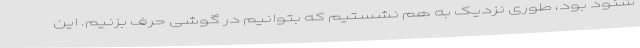
شنود بود، طوری نزدیک به هم نشستیم که بتوانیم در گوشی حرف بزنیم. این